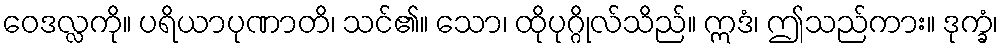
ဝေဒလ္လကို။ ပရိယာပုဏာတိ၊ သင်၏။ သော၊ ထိုပုဂ္ဂိုလ်သိည်။ ဣဒံ၊ ဤသည်ကား။ ဒုက္ခံ၊